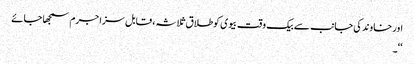
اور خاوند کی جانب سے بیک وقت بیوی کوطلاق ثلاثہ ، قابل سزا جرم سمجھا جائے
‘‘۔